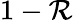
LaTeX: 1-\mathcal{R}